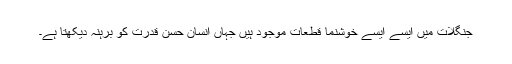
جنگلات میں ایسے ایسے خوشنما قطعات موجود ہیں جہاں انسان حسن قدرت کو برہنہ دیکھتا ہے۔